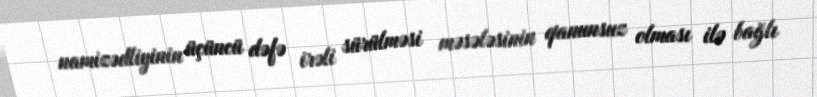
namizədliyinin üçüncü dəfə irəli sürülməsi məsələsinin qanunsuz olması ilə bağlı